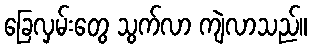
ခြေလှမ်းတွေ သွက်လာ ကျဲလာသည်။